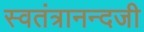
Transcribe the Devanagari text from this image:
स्वतंत्रानन्दजी